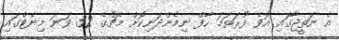
އެ ނަތީޖާގައި އޮވެ ފުރަތަމަ ހާފް ނިމެންދަނިކޮށް މެޗުގެ 32 ވަނަ މިނެޓްގައި